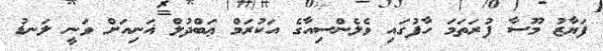
ފަޔާޒު މޫސާ ފުރަތަމަ ހާފުގައި ވެެލެންސިއާގެ އަކުރަމް ޢަބްދުލް ޣަނިއަށް ވަނީ ލަނޑު